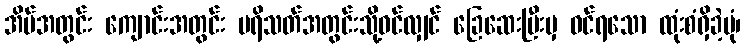
အိမ်အတွင်း ကျောင်းအတွင်း ပရိသတ်အတွင်းသို့ဝင်လျှင် ခြေဆေးပြီးမှ ဝင်ရသော ထုံးစံရှိခဲ့ပုံ၊